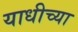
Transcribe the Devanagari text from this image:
याधीच्या